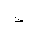
Letter: _thal